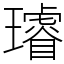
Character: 𤪻